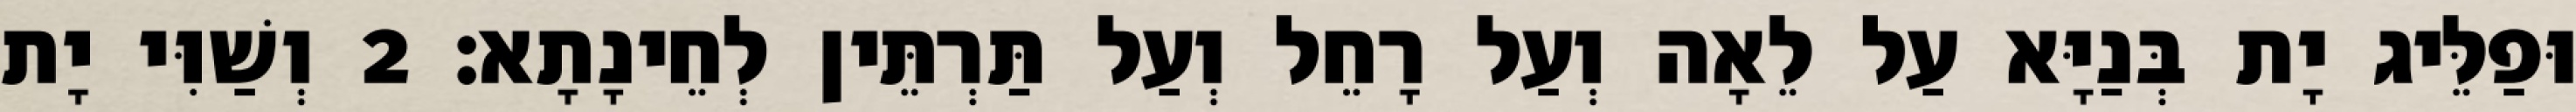
וּפַלֵּיג יָת בְּנַיָּא עַל לֵאָה וְעַל רָחֵל וְעַל תַּרְתֵּין לְחֵינָתָא׃ 2 וְשַׁוִּי יָת